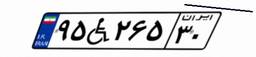
۹۵W۲۶۵۳۰